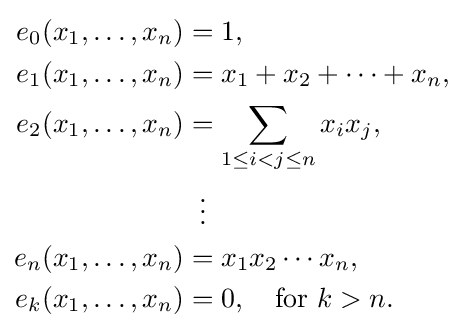
{\begin{aligned}e_{0}(x_{1},\ldots ,x_{n})&=1,\\e_{1}(x_{1},\ldots ,x_{n})&=x_{1}+x_{2}+\cdots +x_{n},\\e_{2}(x_{1},\ldots ,x_{n})&=\sum _{1\leq i<j\leq n}x_{i}x_{j},\\&\;\;\vdots \\e_{n}(x_{1},\ldots ,x_{n})&=x_{1}x_{2}\cdots x_{n},\\e_{k}(x_{1},\ldots ,x_{n})&=0,\quad {\text{for}}\ k>n.\\\end{aligned}}